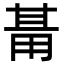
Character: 𭺺